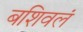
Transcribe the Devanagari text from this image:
बशिवलं